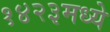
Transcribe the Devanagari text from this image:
१४२३मध्ये